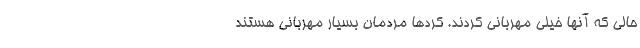
حالی که آنها خیلی مهربانی کردند. کردها مردمان بسیار مهربانی هستند